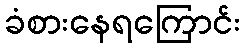
ခံစားနေရကြောင်း